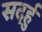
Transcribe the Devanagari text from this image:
सदर्हु